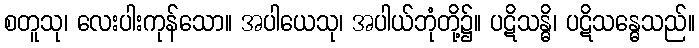
စတူသု၊ လေးပါးကုန်သော။ အပါယေသု၊ အပါယ်ဘုံတို့၌။ ပဋိသန္ဓိ၊ ပဋိသန္ဓေသည်။